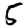
Digit: 5